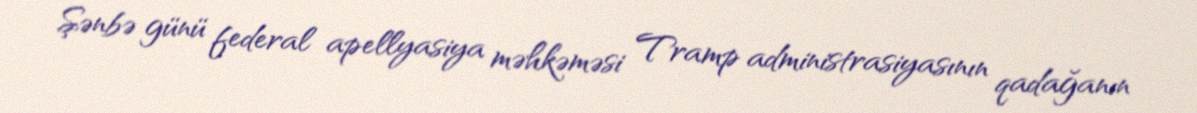
Şənbə günü federal apellyasiya məhkəməsi Tramp administrasiyasının qadağanın